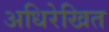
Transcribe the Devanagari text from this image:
अधिरेखित